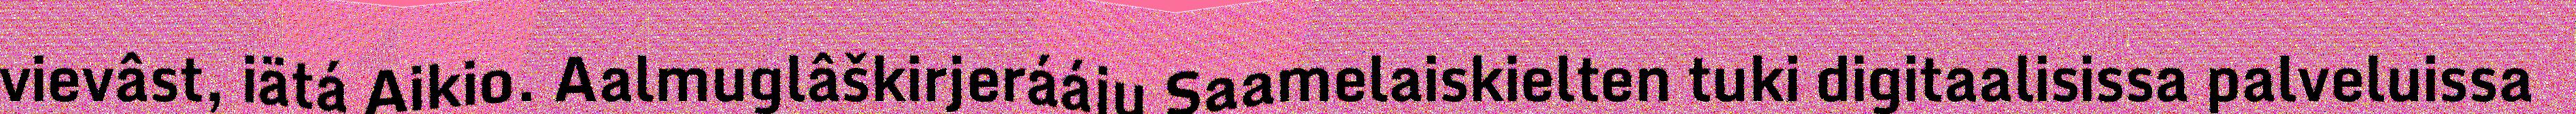
vievâst, iätá Aikio. Aalmuglâškirjerááju Saamelaiskielten tuki digitaalisissa palveluissa